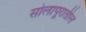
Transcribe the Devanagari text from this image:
सोलापूरातील